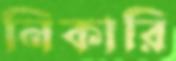
নিকারি